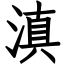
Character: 滇